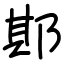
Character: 𨛺